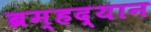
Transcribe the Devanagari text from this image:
ब्रम्हद्यान